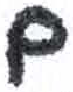
אות: ם